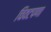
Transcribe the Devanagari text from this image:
चिवटपणा